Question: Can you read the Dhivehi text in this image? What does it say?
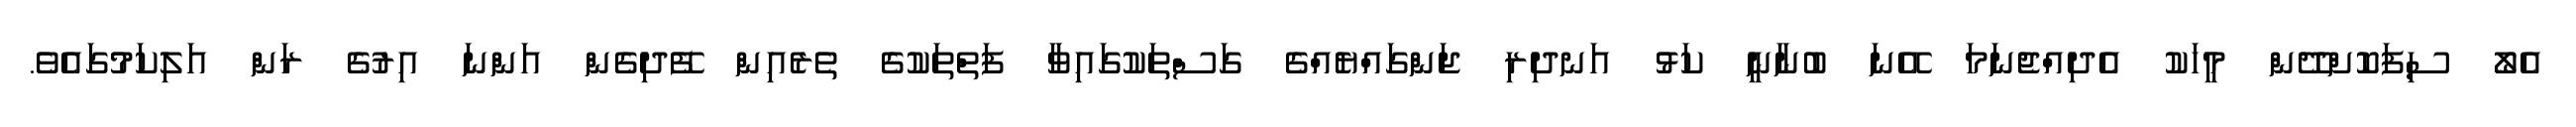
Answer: އެލޯ ސިފަކޮށްދޭން މީހަކު އެދިއްޖެނަމަ އޭނަ ބުނާނީ ކަޅު އަނދިރި ޖަންގައްޔެއްގެ ގަސްތަކުގައިވާ ފަތްތަކުގެ ތެރެއިން ފޭދިގެން އަންނަ އިރުގެ ރަން އަލިކަމުގައެވެ.